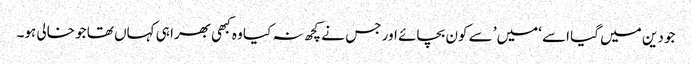
جو دین میں گیا اسے ‘میں’ سے کون بچائے اور جس نے کچھ نہ کیا وہ کبھی بھرا ہی کہاں تھا جو خالی ہو۔